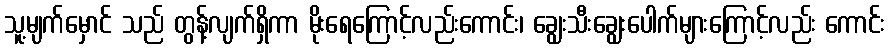
သူ့မျက်မှောင် သည် တွန့်လျက်ရှိကာ မိုးရေကြောင့်လည်းကောင်း၊ ချွေးသီးချွေးပေါက်များကြောင့်လည်း ကောင်း